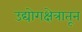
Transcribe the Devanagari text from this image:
उद्योगक्षेत्रातून